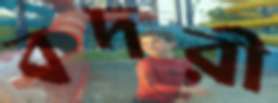
বদরী